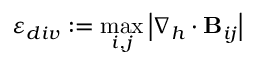
\varepsilon _ { d i v } : = \operatorname* { m a x } _ { i , j } \left| \nabla _ { h } \cdot { \bf B } _ { i j } \right|